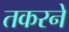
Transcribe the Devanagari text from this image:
तकरने